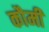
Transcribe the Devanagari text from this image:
कौमीं